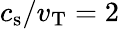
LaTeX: c_{\mathrm{s}}/v_{\mathrm{T}}=2